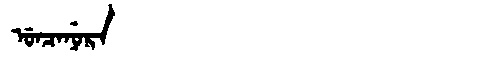
Manchu: ᡠᠨᠴᠠᠨᡠᡵᠠ
Romanization: UNCANURA